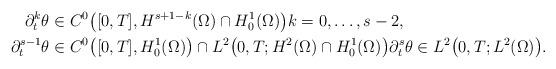
LaTeX: \begin{align*}\partial_{t}^{k} \theta &\in C^{0}\big([0, T], H^{s + 1 - k}(\Omega) \cap H^{1}_{0}(\Omega)\big) k = 0, \dots, s - 2, \\\partial_{t}^{s - 1} \theta &\in C^{0}\big([0, T], H^{1}_{0}(\Omega)\big) \cap L^{2}\big(0, T; H^{2}(\Omega) \cap H^{1}_{0}(\Omega)\big) \partial_{t}^{s} \theta \in L^{2}\big(0, T; L^{2}(\Omega)\big). \end{align*}